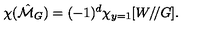
\chi ( \hat { \cal M } _ { G } ) = ( - 1 ) ^ { d } \chi _ { y = 1 } [ W / \! / G ] .